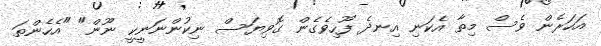
އަހަރެން ވެސް މިތާ އެކަނި އިނދެ ފޫހިވެގެން ގޮވިޔަސް ނިކުންނަނީކީ ނޫން" "އެހެންތަ